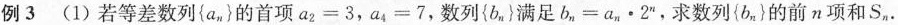
例3 (1) 若等差数列 { a _ { n } } 的首项 $$a _ { 2 } = 3$$，$$a _ { 4 } = 7$$，数列 { b _ { n } } 满足 $$b _ { n } = a _ { n } \cdot 2 ^ { n }$$ ，求数列 { b _ { n } } 的前 n 项和S_{n} .